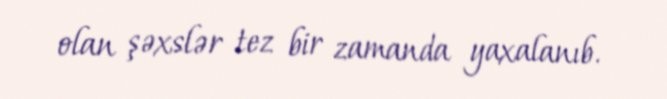
olan şəxslər tez bir zamanda yaxalanıb.